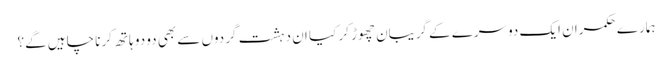
ہمارے حکمران ایک دوسرے کے گریبان چھوڑ کر کیا ان دہشت گردوں سے بھی دو دو ہاتھ کرنا چاہیں گے؟